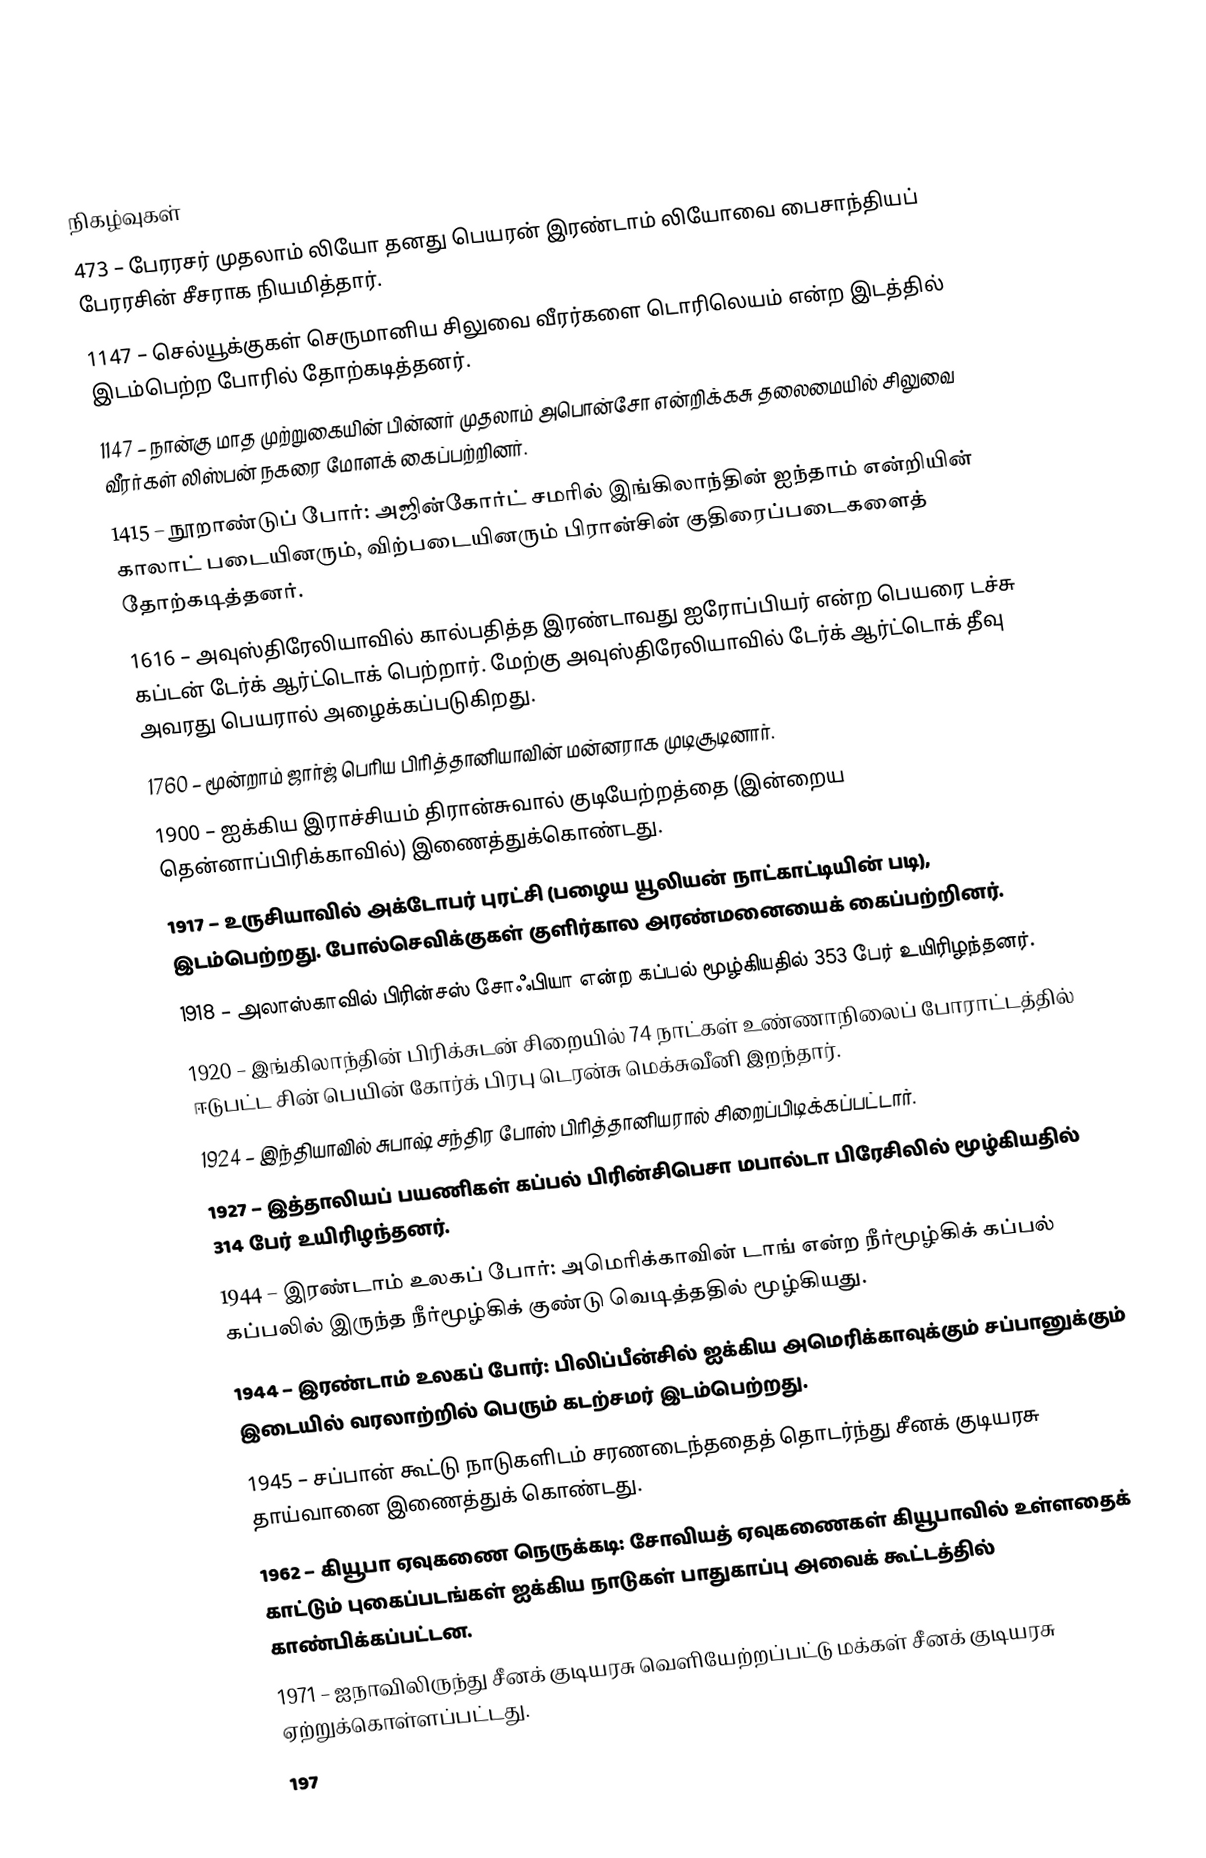

நிகழ்வுகள்
 473 – பேரரசர் முதலாம் லியோ தனது பெயரன் இரண்டாம் லியோவை பைசாந்தியப் பேரரசின் சீசராக நியமித்தார்.
1147 – செல்யூக்குகள் செருமானிய சிலுவை வீரர்களை டொரிலெயம் என்ற இடத்தில் இடம்பெற்ற போரில் தோற்கடித்தனர்.
1147 – நான்கு மாத முற்றுகையின் பின்னர் முதலாம் அபொன்சோ என்றிக்கசு தலைமையில் சிலுவை வீரர்கள் லிஸ்பன் நகரை மோளக் கைப்பற்றினர்.
1415 – நூறாண்டுப் போர்: அஜின்கோர்ட் சமரில் இங்கிலாந்தின் ஐந்தாம் என்றியின் காலாட் படையினரும், விற்படையினரும் பிரான்சின் குதிரைப்படைகளைத் தோற்கடித்தனர்.
1616 – அவுஸ்திரேலியாவில் கால்பதித்த இரண்டாவது ஐரோப்பியர் என்ற பெயரை டச்சு கப்டன் டேர்க் ஆர்ட்டொக் பெற்றார். மேற்கு அவுஸ்திரேலியாவில் டேர்க் ஆர்ட்டொக் தீவு அவரது பெயரால் அழைக்கப்படுகிறது.
1760 – மூன்றாம் ஜார்ஜ் பெரிய பிரித்தானியாவின் மன்னராக முடிசூடினார்.
1900 – ஐக்கிய இராச்சியம் திரான்சுவால் குடியேற்றத்தை (இன்றைய தென்னாப்பிரிக்காவில்) இணைத்துக்கொண்டது.
1917 – உருசியாவில் அக்டோபர் புரட்சி (பழைய யூலியன் நாட்காட்டியின் படி), இடம்பெற்றது. போல்செவிக்குகள் குளிர்கால அரண்மனையைக் கைப்பற்றினர்.
1918 – அலாஸ்காவில் பிரின்சஸ் சோஃபியா என்ற கப்பல் மூழ்கியதில் 353 பேர் உயிரிழந்தனர்.
1920 – இங்கிலாந்தின் பிரிக்சுடன் சிறையில் 74 நாட்கள் உண்ணாநிலைப் போராட்டத்தில் ஈடுபட்ட சின் பெயின் கோர்க் பிரபு டெரன்சு மெக்சுவீனி இறந்தார்.
1924 – இந்தியாவில் சுபாஷ் சந்திர போஸ் பிரித்தானியரால் சிறைப்பிடிக்கப்பட்டார்.
1927 – இத்தாலியப் பயணிகள் கப்பல் பிரின்சிபெசா மபால்டா பிரேசிலில் மூழ்கியதில் 314 பேர் உயிரிழந்தனர்.
1944 – இரண்டாம் உலகப் போர்: அமெரிக்காவின் டாங் என்ற நீர்மூழ்கிக் கப்பல் கப்பலில் இருந்த நீர்மூழ்கிக் குண்டு வெடித்ததில் மூழ்கியது.
1944 – இரண்டாம் உலகப் போர்: பிலிப்பீன்சில் ஐக்கிய அமெரிக்காவுக்கும் சப்பானுக்கும் இடையில் வரலாற்றில் பெரும் கடற்சமர் இடம்பெற்றது.
1945 – சப்பான் கூட்டு நாடுகளிடம் சரணடைந்ததைத் தொடர்ந்து சீனக் குடியரசு தாய்வானை இணைத்துக் கொண்டது.
1962 – கியூபா ஏவுகணை நெருக்கடி: சோவியத் ஏவுகணைகள் கியூபாவில் உள்ளதைக் காட்டும் புகைப்படங்கள் ஐக்கிய நாடுகள் பாதுகாப்பு அவைக் கூட்டத்தில் காண்பிக்கப்பட்டன.
1971 – ஐநாவிலிருந்து சீனக் குடியரசு வெளியேற்றப்பட்டு மக்கள் சீனக் குடியரசு ஏற்றுக்கொள்ளப்பட்டது.
197